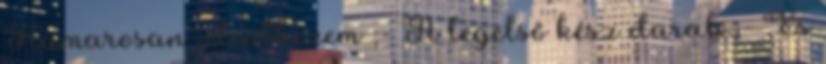
Hamarosan jelentkezem ;- A legelső kész darab :- És